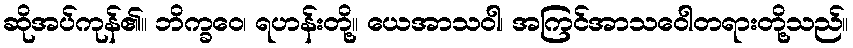
ဆိုအပ်ကုန်၏။ ဘိက္ခဝေ၊ ရဟန်းတို့။ ယေအာသဝါ၊ အကြင်အာသဝေါတရားတို့သည်။